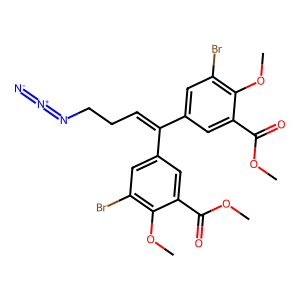
SMILES: COC(=O)c1cc(C(=CCCN=[N+]=[N-])c2cc(Br)c(OC)c(C(=O)OC)c2)cc(Br)c1OC
Inhibits HIV replication: Yes